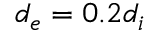
d _ { e } = 0 . 2 d _ { i }